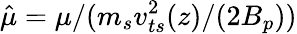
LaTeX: \hat{\mu}=\mu/(m_{s}v_{ts}^{2}(z)/(2B_{p}))